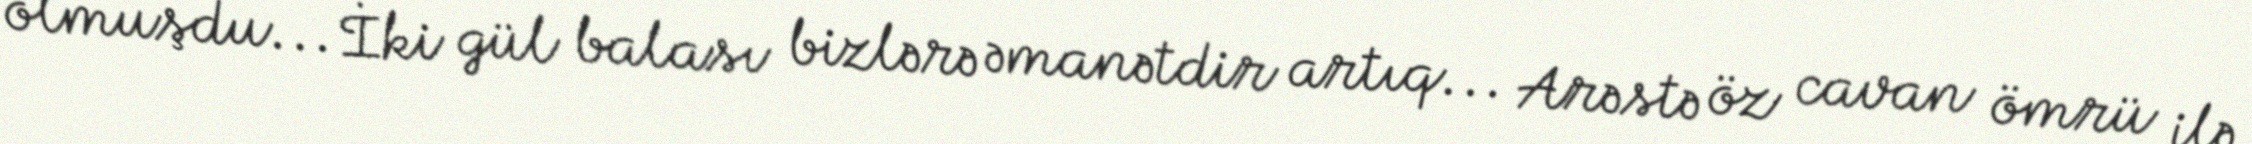
olmuşdu... İki gül balası bizlərə əmanətdir artıq... Arəstə öz cavan ömrü ilə